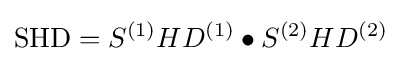
\operatorname {SHD} =S^{(1)}HD^{(1)}\bullet S^{(2)}HD^{(2)}